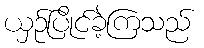
ယှဉ်ပြိုင်ခဲ့ကြသည်